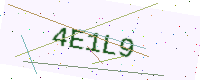
Text: 4E1L9